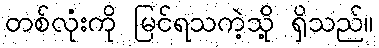
တစ်လုံးကို မြင်ရသကဲ့သို့ ရှိသည်။